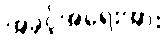
အခွင့်အရေးအား